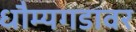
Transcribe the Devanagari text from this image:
धौम्यगडावर